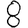
Digit: 8